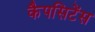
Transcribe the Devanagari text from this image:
कैपसिटेंस